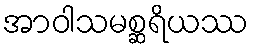
အာဝါသမစ္ဆရိယဿ